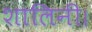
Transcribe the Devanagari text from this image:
शालिनी।